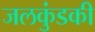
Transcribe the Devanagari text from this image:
जलकुंडकी